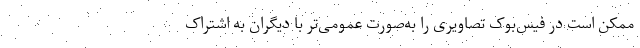
ممکن است در فیس‌بوک تصاویری را به‌صورت عمومی‌تر با دیگران به اشتراک